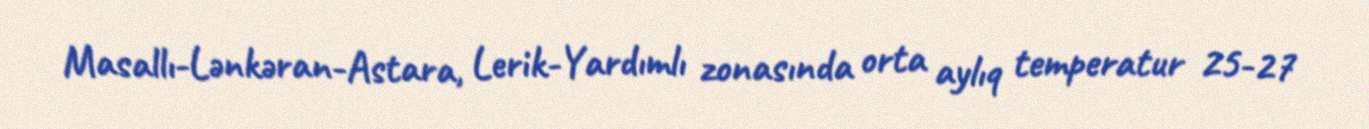
Masallı-Lənkəran-Astara, Lerik-Yardımlı zonasında orta aylıq temperatur 25-27